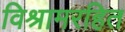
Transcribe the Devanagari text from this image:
विश्रामरहित